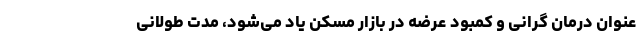
عنوان درمان گرانی و کمبود عرضه در بازار مسکن یاد می‌شود، مدت طولانی